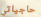
حاجياتي